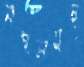
মহলসহ